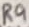
Text: R9